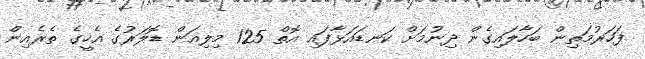
ފަހަރުމަތިން ބަހާލައިގެން ދިނުމަށް ކަނޑައަޅާފައި އޮތް 125 މިލިއަން ޑޮލަރުގެ އެހީގެ ތެރެއިން